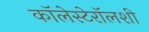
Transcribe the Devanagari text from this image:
कॉलेस्टेरॉलशी